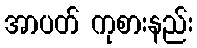
အာပတ် ကုစားနည်း